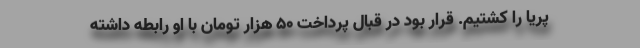
پریا را کشتیم. قرار بود در قبال پرداخت 50 هزار تومان با او رابطه داشته